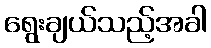
ရွေးချယ်သည့်အခါ